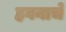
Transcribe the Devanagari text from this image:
हवनाचे